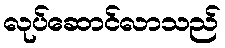
လုပ်ဆောင်လာသည်